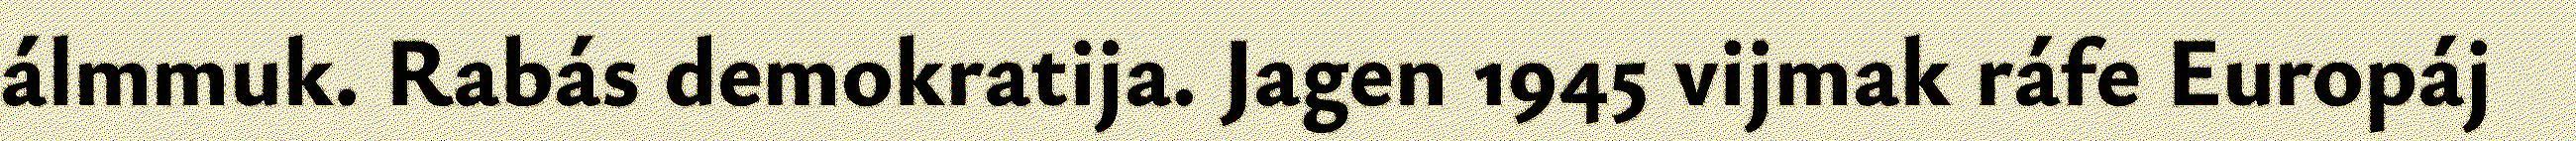
álmmuk. Rabás demokratija. Jagen 1945 vijmak ráfe Europáj